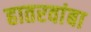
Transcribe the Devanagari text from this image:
हातरवांबा